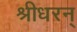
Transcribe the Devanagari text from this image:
श्रीधरन्